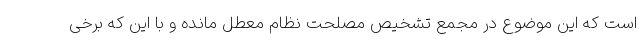
است که این موضوع در مجمع تشخیص مصلحت نظام معطل مانده و با این که برخی